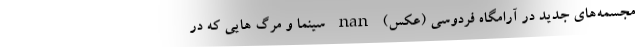
مجسمه‌های جدید در آرامگاه فردوسی (عکس) nan سینما و مرگ هایی که در